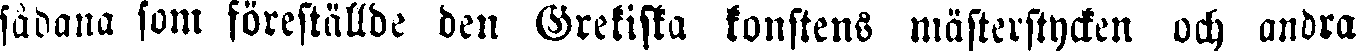
sådana som föreställde den Grekiska konstens mästerstycken och andra